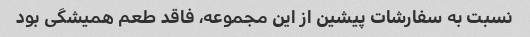
نسبت به سفارشات پیشین از این مجموعه، فاقد طعم همیشگی بود